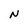
Character: N